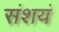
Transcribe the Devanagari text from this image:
संशयं